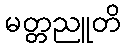
မတ္တညူတိ